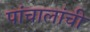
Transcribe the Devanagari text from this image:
पांचालांची